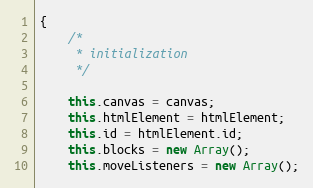
Language: JavaScript
{
	/*
	 * initialization
	 */

	this.canvas = canvas;
	this.htmlElement = htmlElement;
	this.id = htmlElement.id;
	this.blocks = new Array();
	this.moveListeners = new Array();